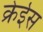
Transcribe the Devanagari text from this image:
क्रेईस